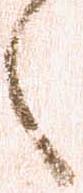
之